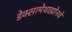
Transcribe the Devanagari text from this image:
डेक्सामेथाझोनचे